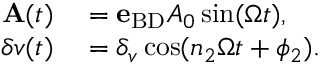
\begin{array} { r l } { { \bf A } ( t ) } & { { } = { \bf e } _ { \mathrm { B D } } A _ { 0 } \sin ( \Omega t ) , } \\ { \delta v ( t ) } & { { } = \delta _ { v } \cos ( n _ { 2 } \Omega t + \phi _ { 2 } ) . } \end{array}